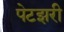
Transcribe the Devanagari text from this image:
पेटझरी